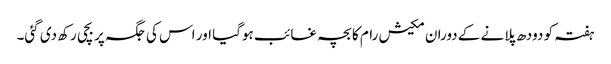
ہفتہ کو دودھ پلانے کے دوران مکیش رام کا بچہ غائب ہوگیا اور اس کی جگہ پر بچی رکھ دی گئی۔